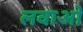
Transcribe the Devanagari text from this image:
लवाओ